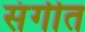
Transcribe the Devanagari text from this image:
संगीत